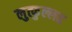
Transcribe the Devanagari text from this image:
लुत्फुल्लह